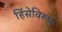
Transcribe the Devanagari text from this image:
हिंसेविरुध्द